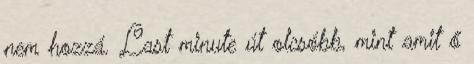
nem hozzá. Last minute út olcsóbb, mint amit ő